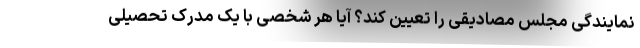
نمایندگی مجلس مصادیقی را تعیین کند؟ آیا هر شخصی با یک مدرک تحصیلی